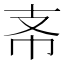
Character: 𢺶